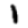
Digit: 1